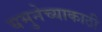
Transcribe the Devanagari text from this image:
यमुनेच्याकाठी